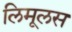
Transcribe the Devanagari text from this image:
लिमूलस